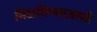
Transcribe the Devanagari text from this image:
मिळविण्याआधी